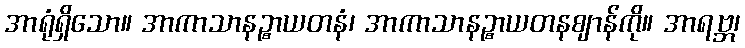
အာရုံရှိသော။ အာကာသာနဉ္စာယတနံ၊ အာကာသာနဉ္စာယတနဈာန်ကို။ အာရဗ္ဘ၊